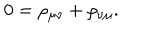
0 = \rho _ { \mu \nu } + \rho _ { \nu \mu } .